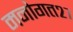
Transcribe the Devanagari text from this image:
मनोगत२७